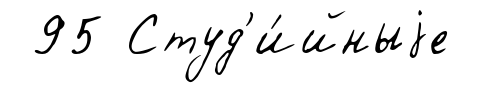
95 Студ'и́йныjе